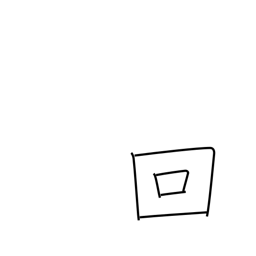
Meaning: counter for occurrences